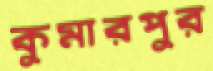
কুমারপুর